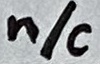
Text: n/c